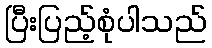
ပြီးပြည့်စုံပါသည်